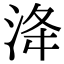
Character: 洚